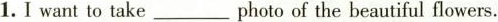
1.I want to take ___ photo of the beautiful flowers.